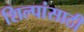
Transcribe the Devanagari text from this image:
शिल्पांसाठी